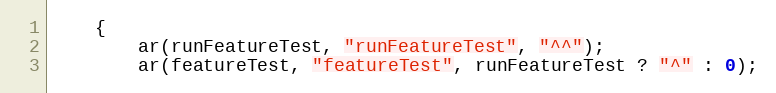
Language: C++
	{
		ar(runFeatureTest, "runFeatureTest", "^^");
		ar(featureTest, "featureTest", runFeatureTest ? "^" : 0);